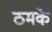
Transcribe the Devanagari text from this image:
ठमके